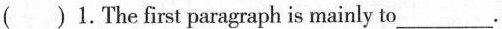
( ) 1.The first paragraph is mainly to___.